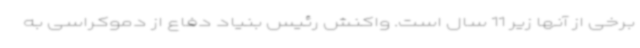
برخی از آنها زیر 11 سال است. واکنش رئیس بنیاد دفاع از دموکراسی به